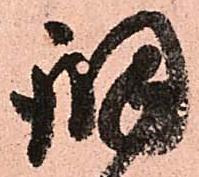
調